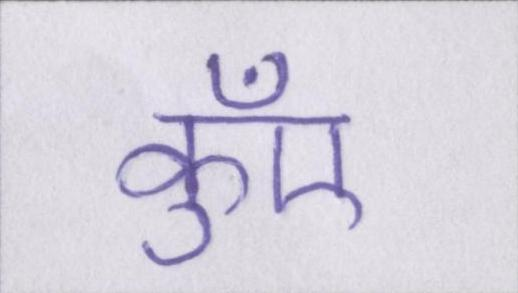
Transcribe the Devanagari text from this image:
कुँए